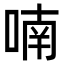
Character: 喃